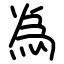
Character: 𫞟